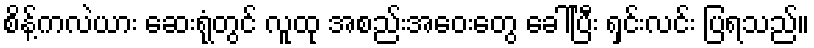
စိန့်ကလဲယား ဆေးရုံတွင် လူထု အစည်းအဝေးတွေ ခေါ်ပြီး ရှင်းလင်း ပြရသည်။